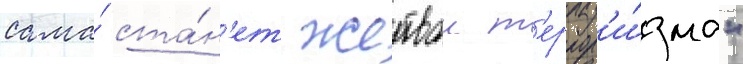
сама́ ста́н'ет жертвои т'еррор'и́зма"